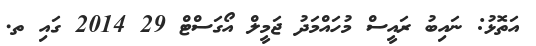
އަތޮޅު: ނައިބު ރައީސް މުހައްމަދު ޖަމީލް އޯގަސްޓް 29 2014 ގައި ތ.